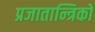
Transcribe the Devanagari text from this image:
प्रजातान्त्रिकों